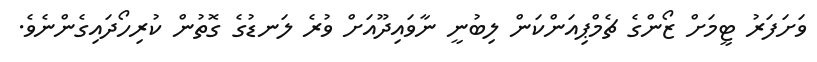
ވަށަފަރު ޓީމަށް ޒޯންގެ ޗެމްޕިއަންކަން ލިބުނީ ނާވައިދޫއަށް ވުރެ ލަނޑުގެ ގޮތުން ކުރިހޯދައިގެންނެވެ.